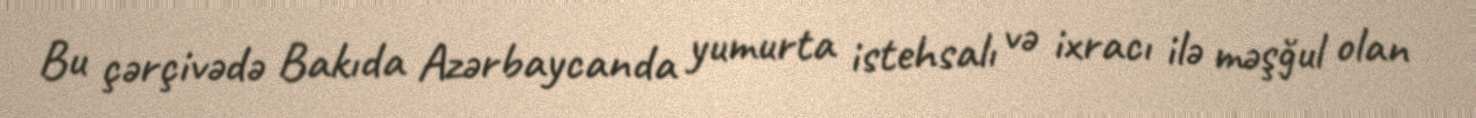
Bu çərçivədə Bakıda Azərbaycanda yumurta istehsalı və ixracı ilə məşğul olan